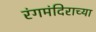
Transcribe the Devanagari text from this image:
रंगमंदिराच्या